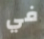
في